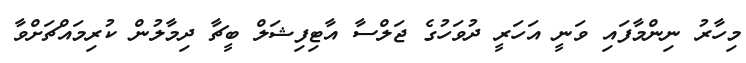
މިހާރު ނިންމާފައި ވަނީ އަހަރީ ދުވަހުގެ ޖަލްސާ އާޓިފިޝަލް ބީޗާ ދިމާލުން ކުރިމައްޗަށްވާ